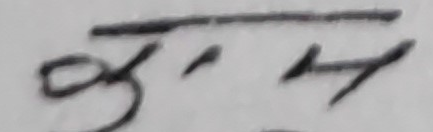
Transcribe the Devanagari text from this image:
कुरा हो